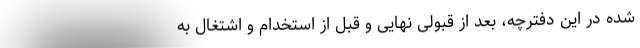
شده در این دفترچه، بعد از قبولی نهایی و قبل از استخدام و اشتغال به